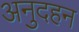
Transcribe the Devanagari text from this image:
अनुदहन